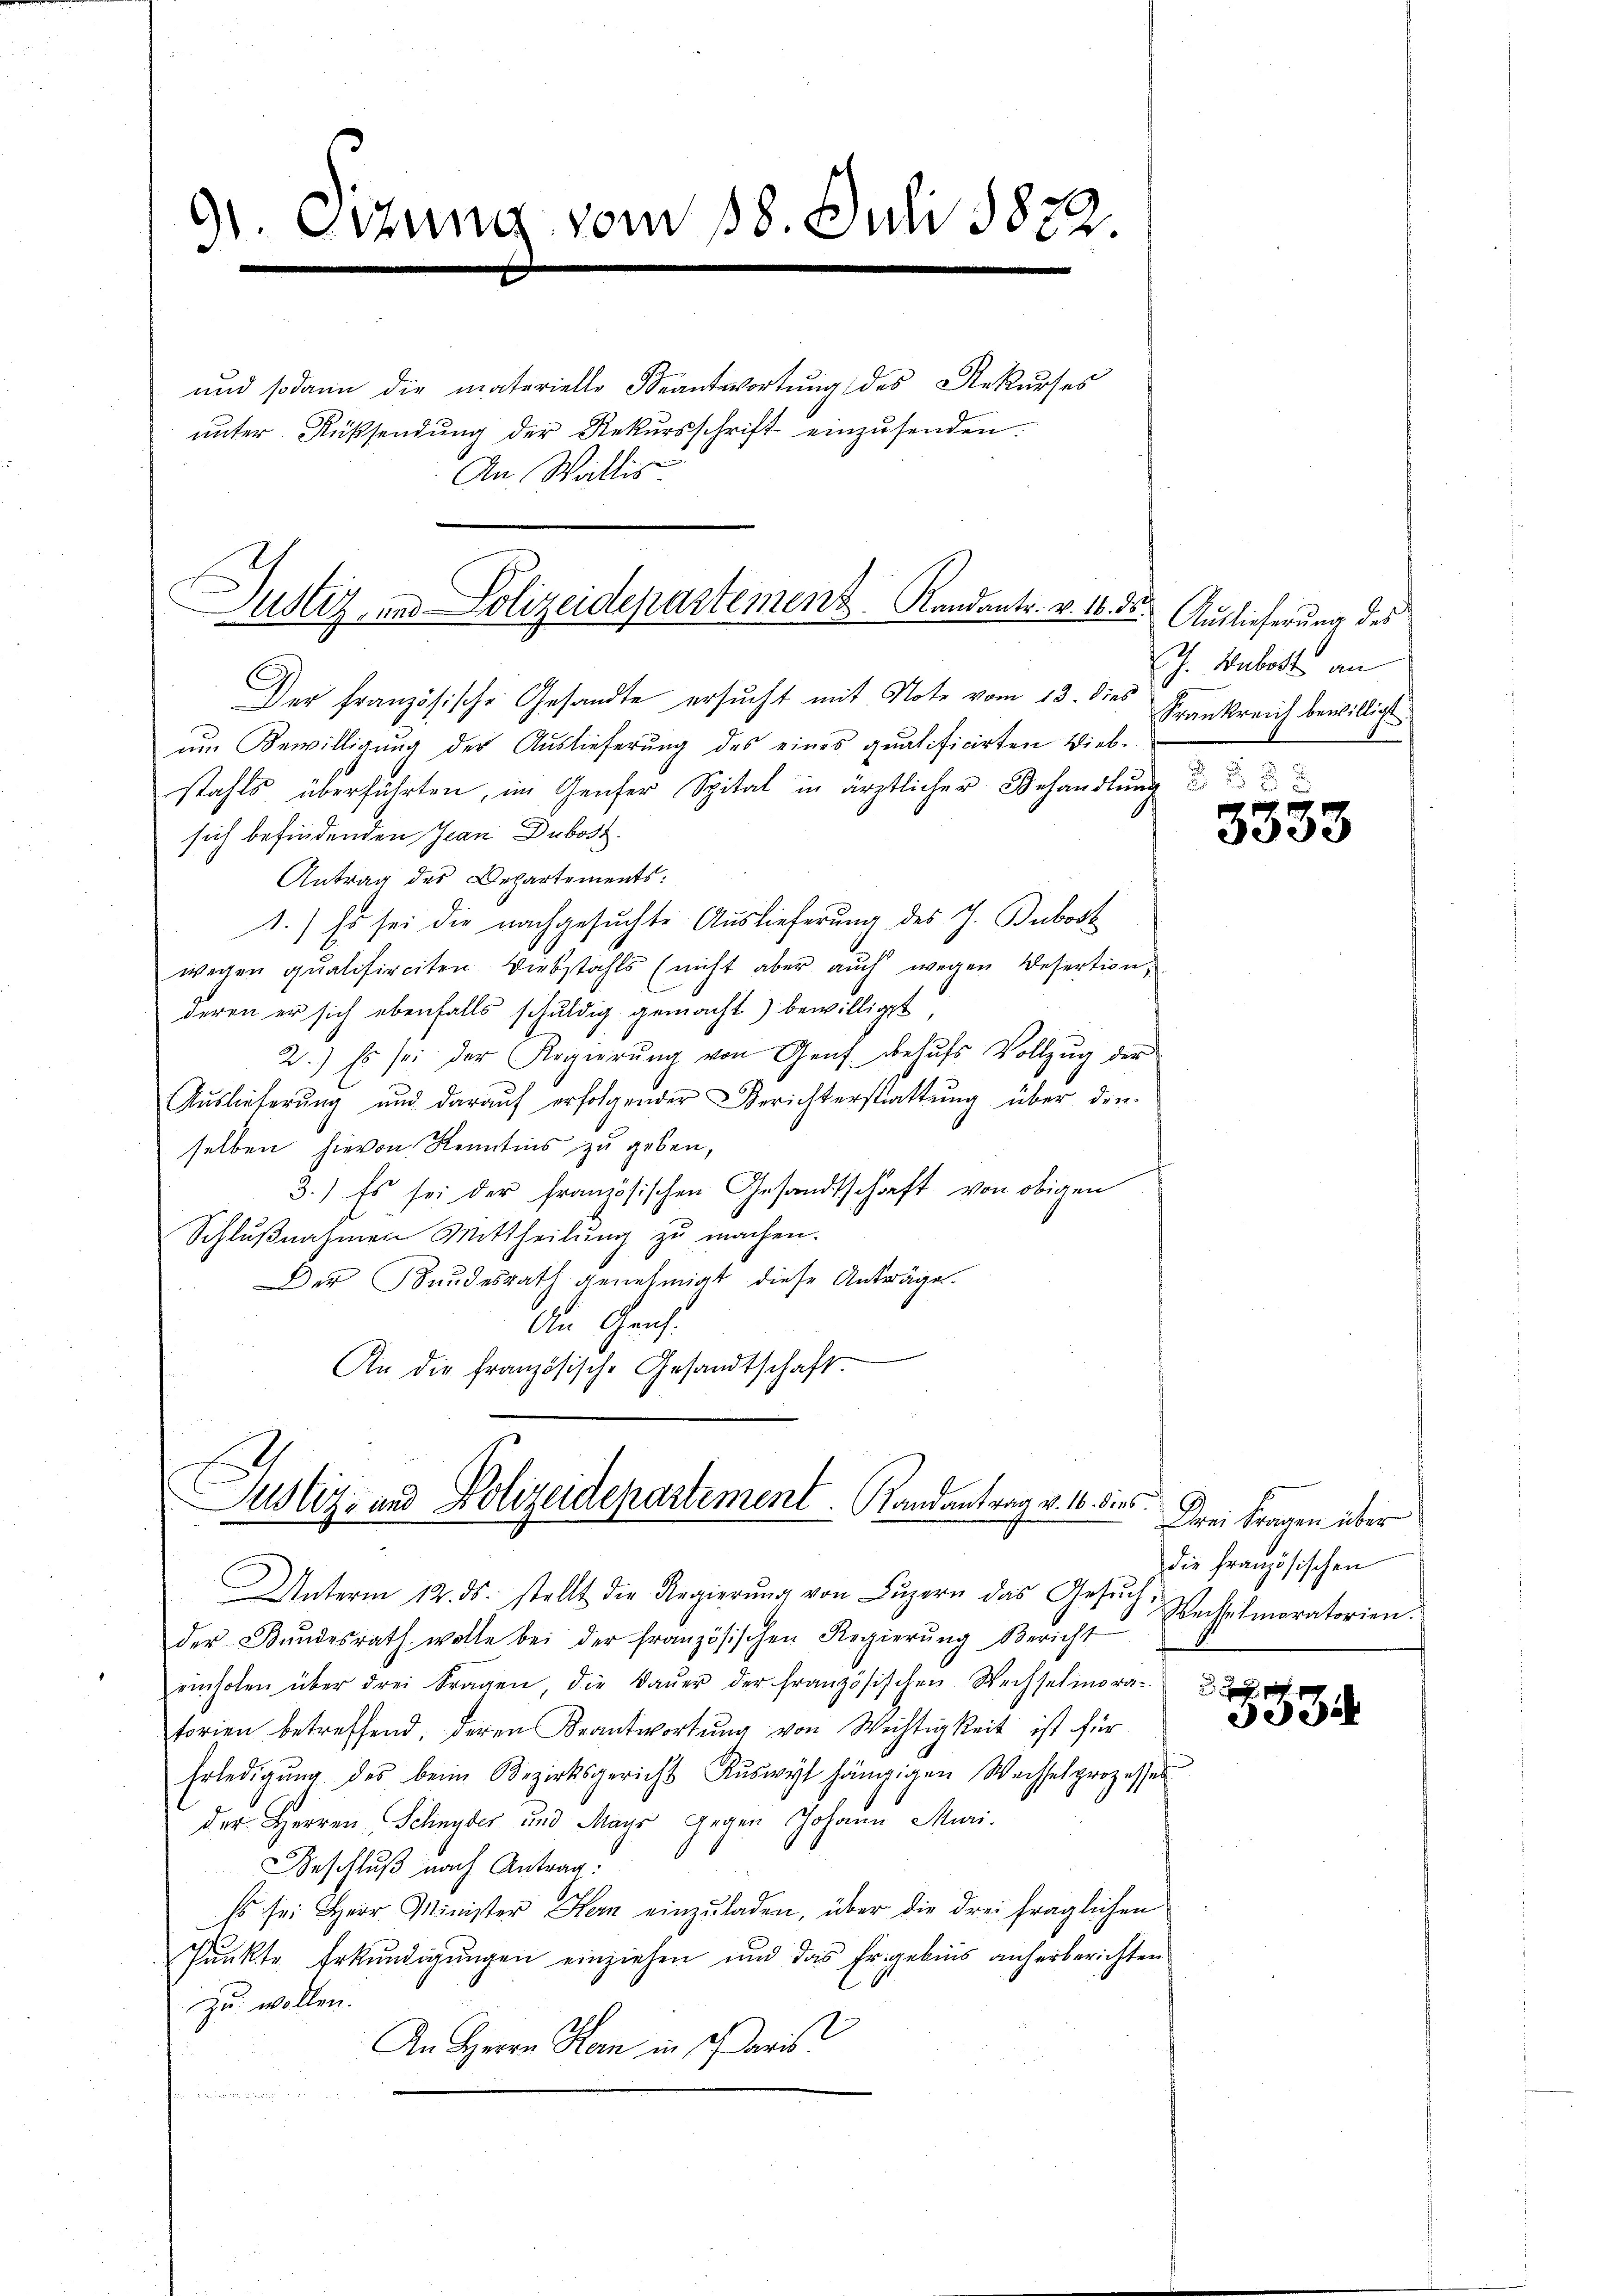
91. Sitzung vom 18. Juli 1872.

Justiz, und Polizeidepartement. Kandantr. v. 16. ds. Auslieferung des

und sodann die materielle Beantwortung des Rekurses
ŭnter Rücksendŭng der Rekŭrsschrift einzŭsenden.
An Wallis

Justiz- und Polizeidepartement. Randantrag v. 16. dies

Der französische Gesandte ersucht mit Note vom 13. dies
um Bewilligung der Auslieferung des eines qualificirten Diebstahls überführten, im Genfer Spital in ärztlicher Behandlung
sich befindenden Jean Dubost.
Antrag des Departements:
1.) Es sei die nachgesuchte Auslieferung des J. Bubost
wegen qualificiten Diebstahls (nicht aber auch wegen Desertion,
deren er sich ebenfalls schuldig gemacht) bewilligt
2.) Es sei der Regierŭng von Genf behufs Vollzug der
Auslieferung und darauf erfolgender Berichterstattung über den
selben hievon Kenntnis zu geben,
3.) Es sei der französischen Gesandtschaft von obigen
Schlußnahmen Mittheilung zu machen.
Der Bundesrath genehmigt diese Anträge.
An Geis
An die französische Gesandtschaft.

J. Babett an
Frankreich bewilligt

3333

Unterm 12. ds. stellt die Regierŭng von Lŭzern das Gesŭch,
der Bŭndesrath wolle bei der französischen Regierŭng Bericht
einholen über drei Fragen, die Daŭer der französischen Wechselmora-
torien betreffend, deren Beantwortung von Wichtigkeit ist für
Erledigŭng des beim Bezirksgericht Aŭswyl hängigen Wachselprozesser
der Herren Schnyder und Mayr gegen Johann Muri-
Geschluß nach Antrag:
Es sei Herr Minister Hern einzŭladen, über die drei fraglichen
Pŭnkte Erkŭndigŭngen einziehen und das Ergebnis anherberichten
zu wollen.
l
An Herrn Horn in Paris

533

Drei Fragen über
die französischen
Wechselmaratorien.